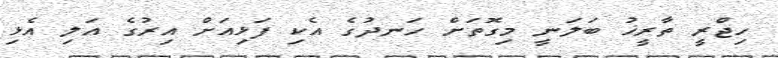
ހިޖްރީ ތާރީޚު ބަލަނީ މިގޮތަށް ހަނދުގެ އެކި ފަޅިއަށް އިރުގެ އަލި އެޅި